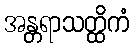
အန္တရာသတ္ထိကံ